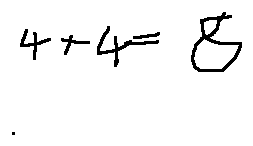
4 + 4 = 8